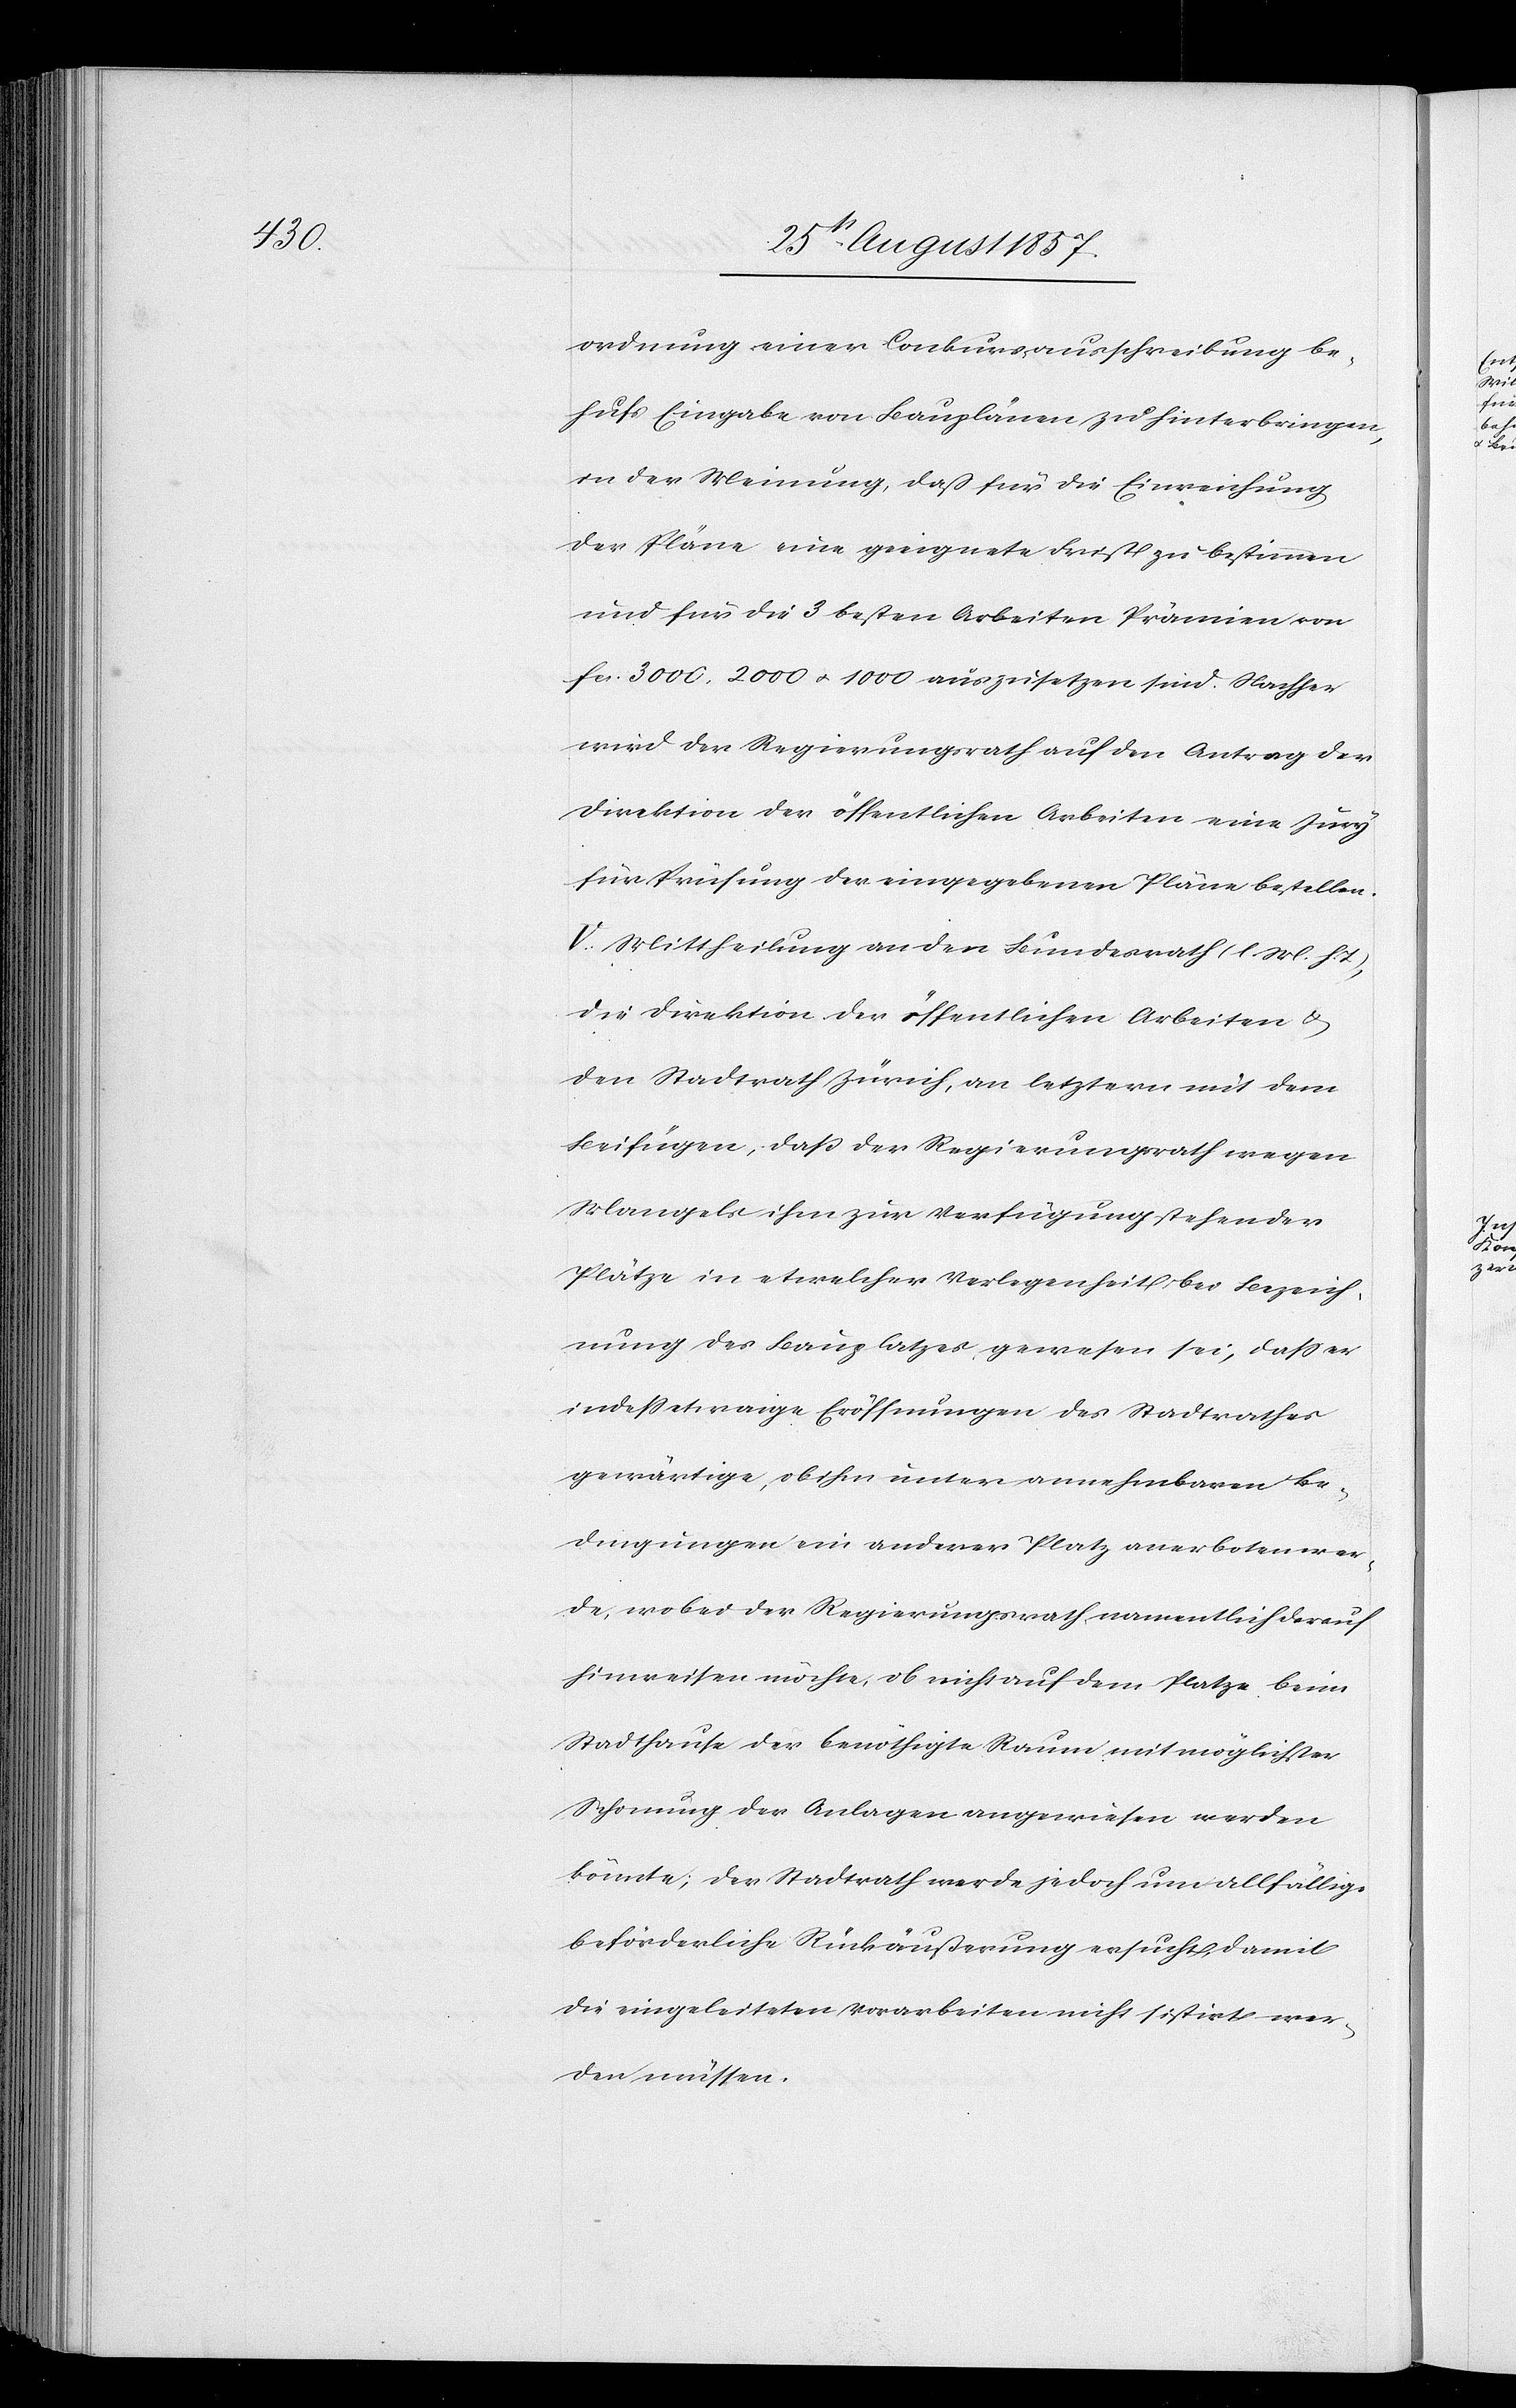
ordnung einer Conkursausschreibung be¬
hufs Eingabe von Bauplänen zu hinterbringen,
in der Meinung, daß für die Einreichung
der Pläne eine geeignete Frist zu bestimmen
und für die 3 besten Arbeiten Prämien von
fcs 3000, 2000 & 1000 auszusetzen sind. Nachher
wird der Regierungsrath auf den Antrag der
Direktion der öffentlichen Arbeiten eine Jury
für Prüfung der eingegebenen Pläne bestellen.
V. Mittheilung an den Bundesrath [l. M. h.
die Direktion der öffentlichen Arbeiten &
den Stadtrath Zürich, an letztern mit dem
Beifügen, daß der Regierungsrath wegen
Mangels zur Verfügung stehender
Pläne in etwelcher Verlegenheit bei Bezeich¬
nung des Bauplatzes gewesen sei, daß er
indeß etwaige Eröffnungen des Stadtrathes
gewärtige, ob ihm unter annehmbaren Be¬
dingungen ein anderer Platz, anerboten wer¬
de, wobei der Regierungsrath namentlich darauf
hinweisen möchte, ob nicht auf dem Platze beim
Stadthause der benöthigte Raum mit möglichster
Schonung der Anlagen angewiesen werden
könnte; der Stadtrath werde jedoch um allfällige
beförderliche Rückäußerung ersucht, damit
die eingeleiteten Vorarbeiten nicht sistirt wer¬
den müssen.